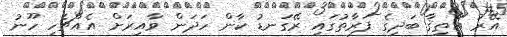
އޭރު އާތިޤާ ބަދިގެ ފަރާތުގައި ރޭގަނޑު ކާން ހަދަން ވާއިރަށް އެއްޗެހި ހޫނު